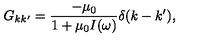
G _ { k k ^ { \prime } } = \frac { - \mu _ { 0 } } { 1 + \mu _ { 0 } I ( \omega ) } \delta ( k - k ^ { \prime } ) ,